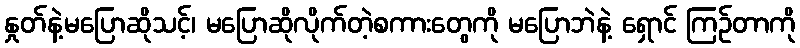
နှုတ်နဲ့မပြောဆိုသင့်၊ မပြောဆိုလိုက်တဲ့စကားတွေကို မပြောဘဲနဲ့ ရှောင် ကြဉ်တာကို